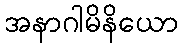
အနာဂါမိနိယော